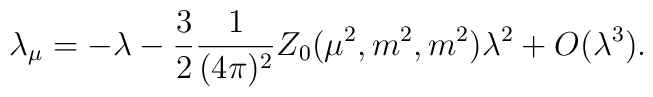
\lambda _{\mu }=-\lambda -\frac{3}{2}\frac{1}{(4\pi )^{2}}Z_{0}(\mu^{2},m^{2},m^{2})\lambda ^{2}+O(\lambda ^{3}).